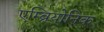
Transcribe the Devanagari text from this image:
एम्ब्रियोनिक